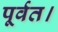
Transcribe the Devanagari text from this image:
पूर्वत।